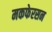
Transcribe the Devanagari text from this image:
मकफेरसन